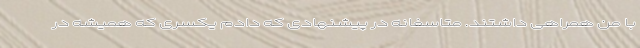
با من همراهی داشتند. متاسفانه در پیشنهادی که دادم یکسری که همیشه در